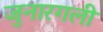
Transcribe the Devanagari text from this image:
जुनारगली